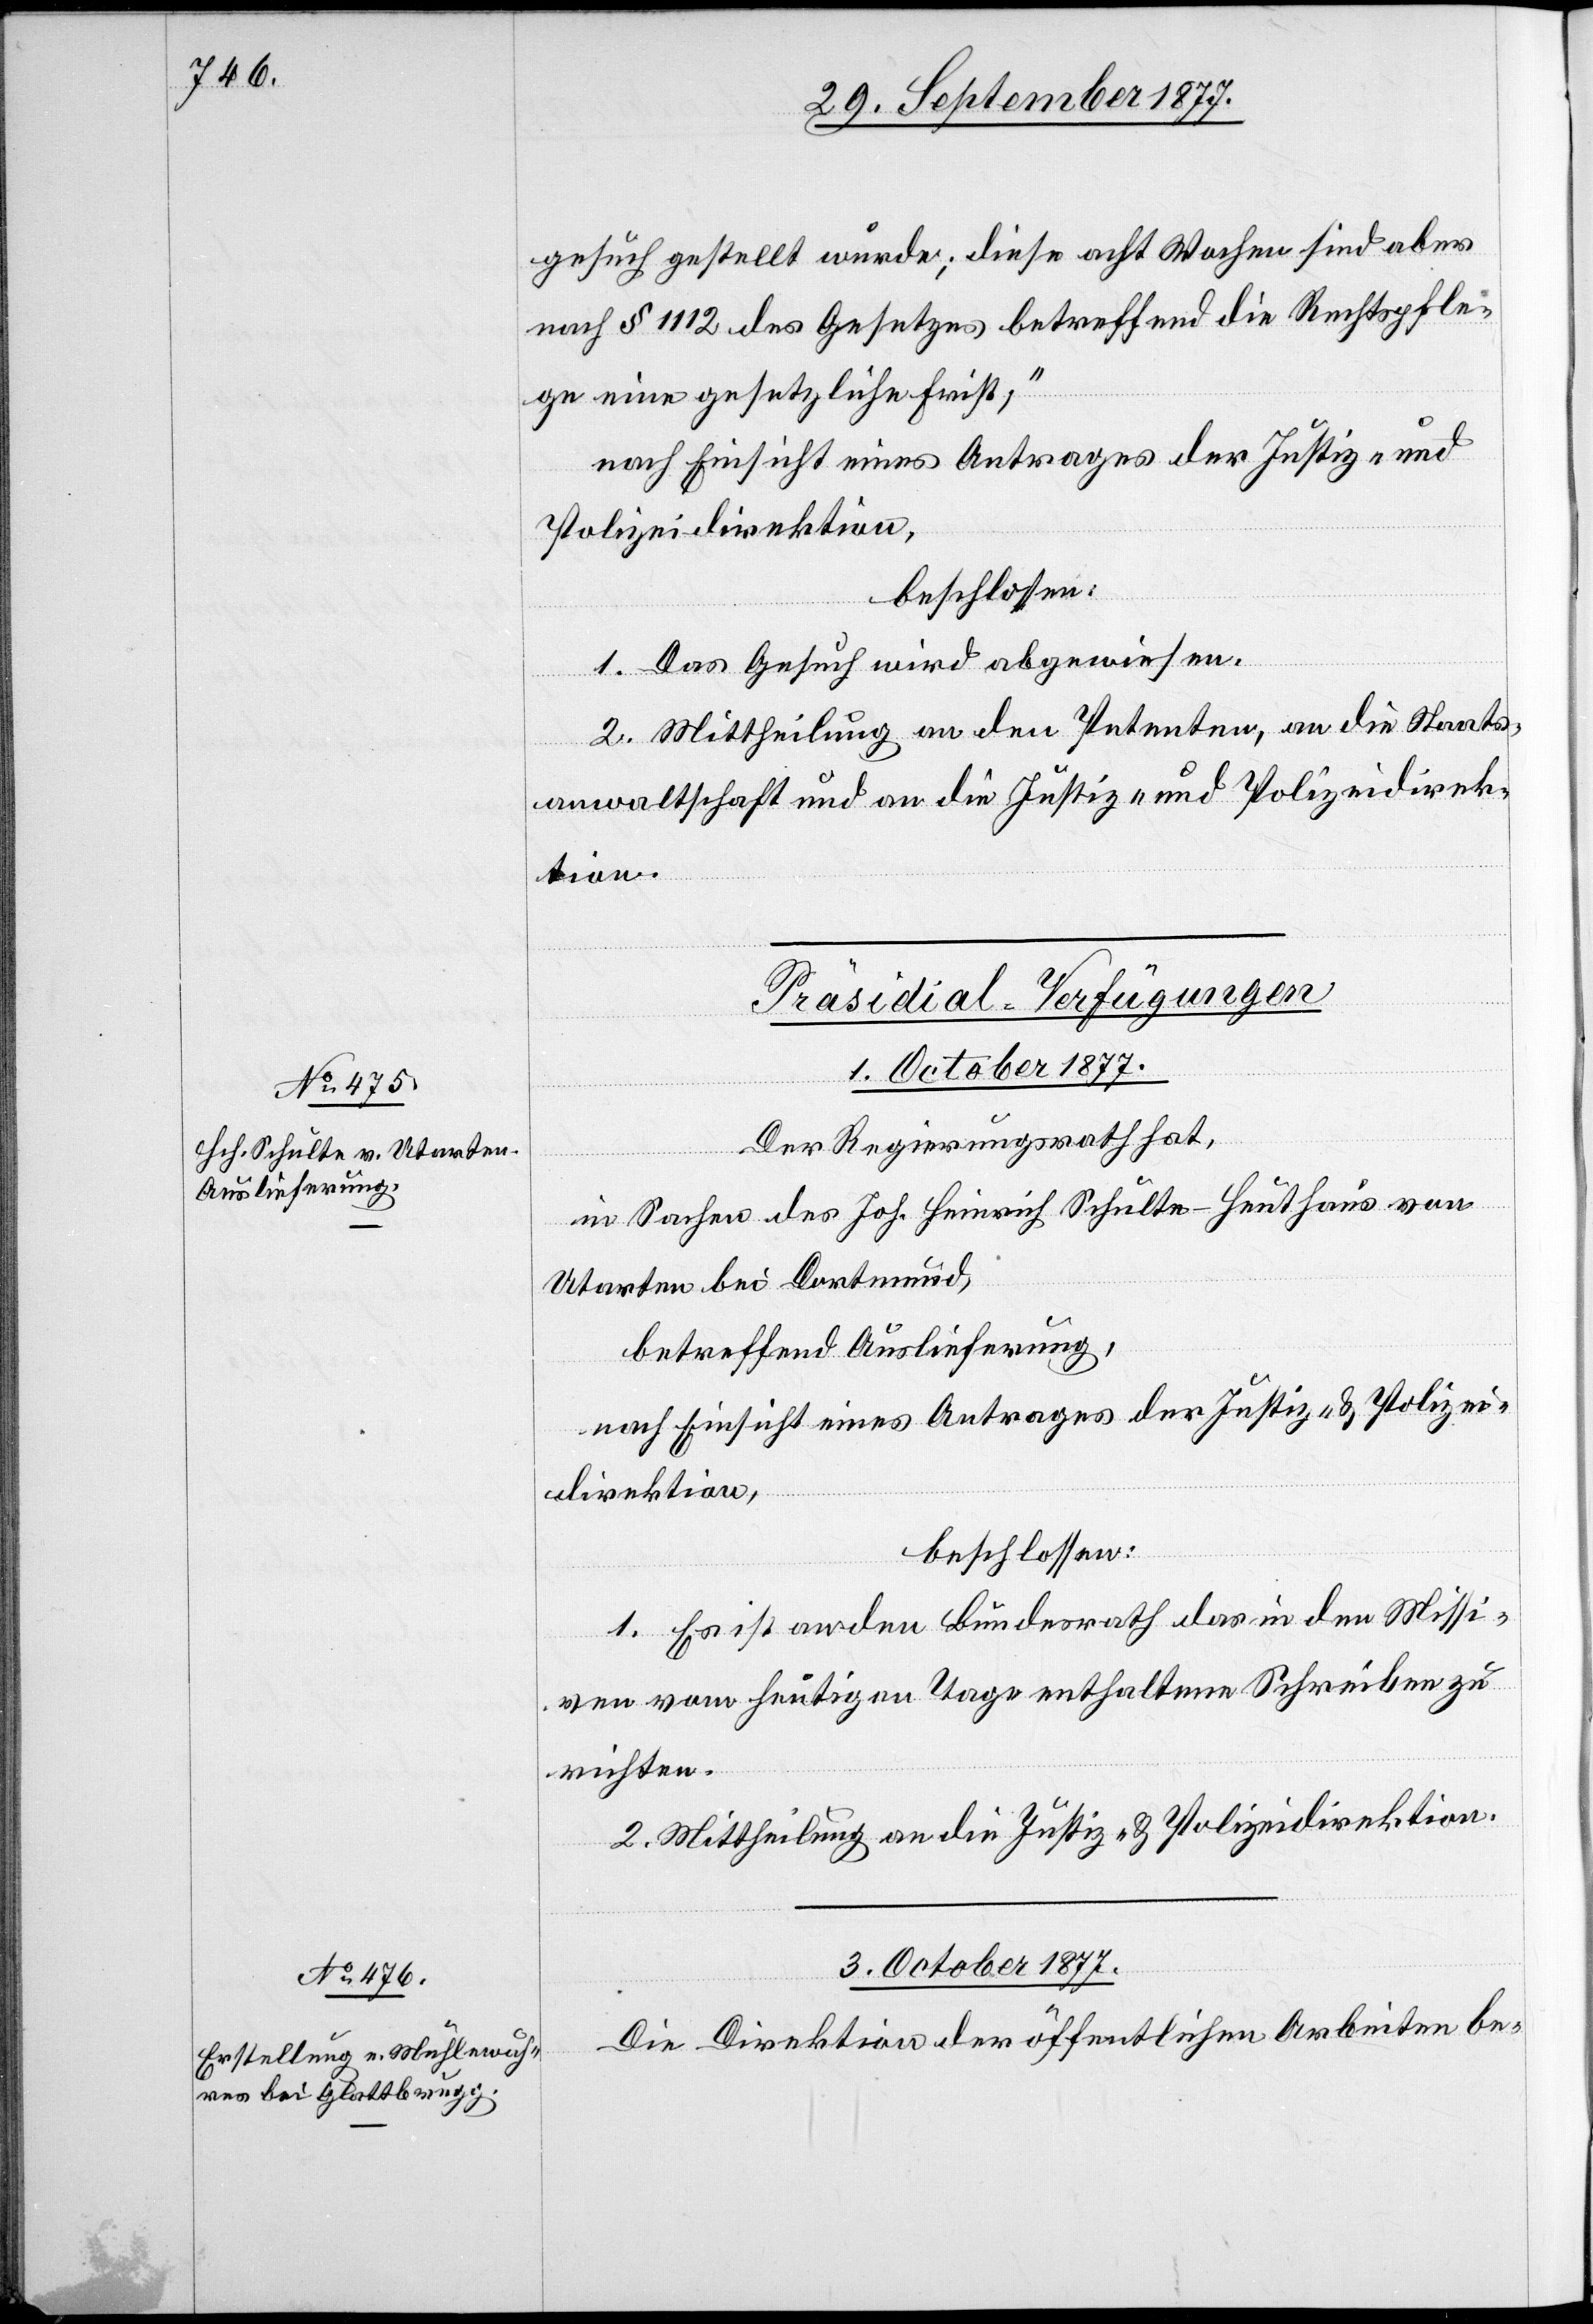
gesuch gestellt wurde; diese acht Wochen sind aber
nach § 1112 des Gesetzes betreffend die Rechtspfle¬
ge eine gesetzliche Frist;“
nach Einsicht eines Antrages der Justiz- und
Polizeidirektion,
beschlossen:
1. Das Gesuch wird abgewiesen.
2. Mittheilung an den Petenten, an die Staats¬
anwaltschaft und an die Justiz- und Polizeidirek¬
tion.
[Präsidial-Verfügungen]
1. October 1877.
Der Regierungsrath hat,
in Sachen des Joh. Heinrich Schulte-Heuthaus von
Utarten bei Dortmund,
betreffend Auslieferung,
nach Einsicht eines Antrages der Justiz- & Polizei¬
direktion,
beschlossen:
1. Es ist an den Bundesrath das in den Missi¬
ven vom heutigen Tage enthaltene Schreiben zu
richten.
2. Mittheilung an die Justiz- & Polizeidirektion.
3. October 1877.
Die Direktion der öffentlichen Arbeiten be-